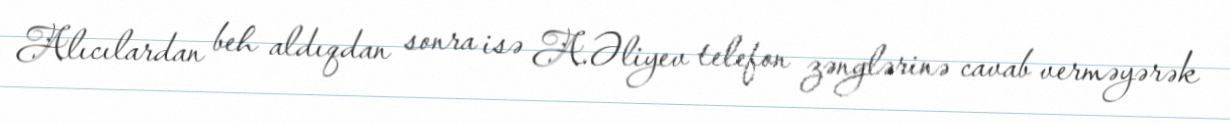
Alıcılardan beh aldıqdan sonra isə A.Əliyev telefon zənglərinə cavab verməyərək